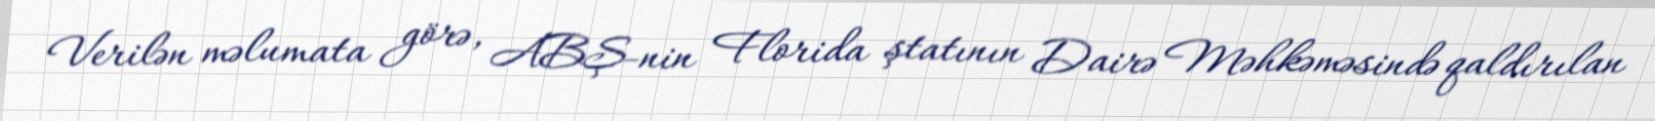
Verilən məlumata görə, ABŞ-nin Florida ştatının Dairə Məhkəməsində qaldırılan